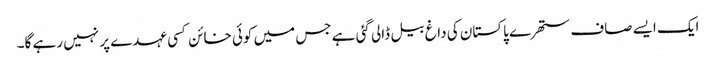
ایک ایسے صاف ستھرے پاکستان کی داغ بیل ڈالی گئی ہے جس میں کوئی خائن کسی عہدے پر نہیں رہے گا۔